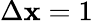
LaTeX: \Delta\mathbf{x}=1